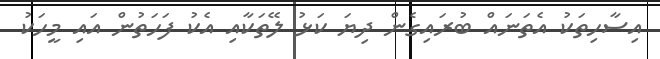
އިސާހިތަކު އެތަނައް ބުރައިގެން ދިޔަ ކަޅު ލޭތަކާއި އެކު ފަހަތުން އައި މީހަކު